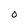
Character: O